Report of the Indian Hemp Drugs Commission, 1894-1895 - Volume II
Year: 1894
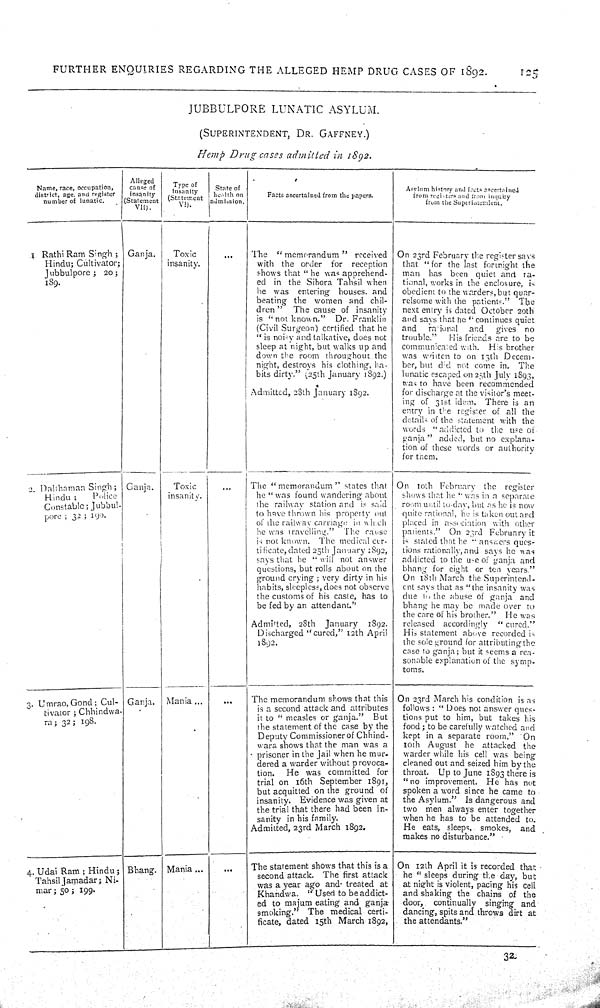
FURTHER ENQUIRIES REGARDING THE ALLEGED HEMP DRUG CASES OF 1892.
125
JUBBULPORE
LUNATIC
ASYLUM.
(SUPERINTENDENT,
DR.
GAFFNEY.)
Hemp
Drug
cases
admitted
in
1892.
Name, race, occupation,
district, age, and register
number of lunatic.
Alleged
cause of
insanity
(Statement
VII).
Type of
insanity
(Statement
VI).
State of
health on
admission.
Facts ascertained from the papers.
Asylum history and facts ascertained
from registers and from inquiry
from the Superintendent.
1. Rathi Ram Singh;
Hindu; Cultivator;
Jubbulpore;
20;
189.
Ganja.
Toxic
insanity.
The
"memorandum"
received
with the order
for
reception
shows that "he was apprehend-
ed in the Sihora Tahsil when
he was
entering houses
and
beating the women and chil-
dren"
The cause of insanity
is "not known."
Dr. Franklin
(Civil Surgeon) certified that he
"is noisy and talkative, does not
sleep at night, but walks up and
down the room throughout the
night, destroys his clothing, ha
bits dirty." (25th January 1892.)
Admitted, 28th January 1892.
On 23rd February the register says
that "for the last fortnight the
man
has been quiet and ra-
tional, works in the enclosure, is
obedient to the warders, but quar-
relsome with the patients."
The
next entry is dated October 20th
and says that he "continues quiet
and
rational
and
gives
no
trouble."
His friends are to be
communicated with.
His brother
was written to on 13th Decem-
ber, but did not come in.
The
lunatic escaped on 25th July 1893,
was to have been recommended
for discharge at the visitor's meet-
ing of 31st idem. There is an
entry in the register of all the
details of the statement with the
words "addicted to the use of
ganja" added, but no explana-
tion of these words or authority
for them.
2. Dallhaman Singh;
Hindu;
Police
Constable; Jubbul-
pore; 32; 190.
Ganja.
Toxic
insanity.
The "memorandum" states that
he "was found wandering about
the railway station and is said
to have thrown his property out
of the railway carriage in which
he was travelling."
The cause
is not known. The medical cer-
tificate, dated 25th January 1892,
says that he "will not answer
questions, but rolls about on the
ground crying; very dirty in his
habits, sleepless, does not observe
the customs of his caste, has to
be fed by an attendant."
Admitted, 28th
January
1892.
Discharged "cured," 12th April
1892.
On
10th February
the
register
shows that he "was in a separate
room until today, but as he is now
quite rational, he is taken out and
placed in association with other
patients."
On 23rd February it
is stated that he "answers ques-
tions rationally, and says he was
addicted to the use of ganja and
bhang for eight or ten years."
On 18th March the Superintend-
ent says that as "the insanity was
due to the abuse of ganja
and
bhang he may be made over to
the care of his brother."
He was
released accordingly
"cured."
His statement above recorded is
the sole ground for attributing the
case to ganja; but it seems a rea-
sonable explanation of the symp-
toms.
3. Umrao, Gond; Cul-
tivator; Chhindwa-
ra; 32; 198.
Ganja.
Mania
The memorandum shows that this
is a second attack and attributes
it to "measles or ganja."
But
the statement of the case by the
Deputy Commissioner of Chhind-
wara shows that the man was a
prisoner in the Jail when he mur-
dered a warder without provoca-
tion.
He was committed for
trial on 16th September 1891,
but acquitted on the ground of
insanity.
Evidence was given at
the trial that there had been in-
sanity in his family.
Admitted, 23rd March 1892.
On 23rd March his condition is as
follows: "Does not answer ques-
tions put to him, but takes his
food; to be carefully watched and
kept in a separate room."
On
10th August
he attacked the
warder while his cell was being
cleaned out and seized him by the
throat.
Up to June 1893 there is
"no improvement.
He has not
spoken a word since he came to
the Asylum."
Is dangerous and
two men always enter together
when he has to be attended to.
He eats, sleeps, smokes,
and
makes no disturbance."
4. Udai Ram; Hindu;
Tahsil Jamadar; Ni-
mar; 50; 199.
Bhang.
Mania
The statement shows that this is a
second attack. The first attack
was a year ago and treated at
Khandwa.
"Used to be addict-
ed to majum eating and ganja
smoking."
The medical certi-
ficate,
dated 15th March 1892,
On 12th April it is recorded that
he "sleeps during the day, but
at night is violent, pacing his cell
and shaking the chains of the
door,
continually
singing and
dancing, spits and throws dirt at
the attendants."
32